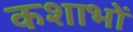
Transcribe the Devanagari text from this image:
कशाभों